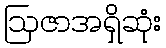
ဩဇာအရှိဆုံး